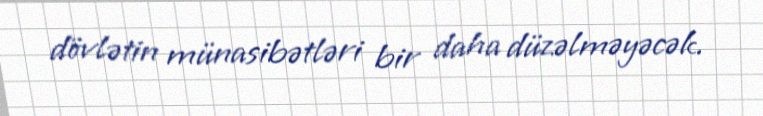
dövlətin münasibətləri bir daha düzəlməyəcək.